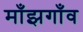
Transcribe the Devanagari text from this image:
माँझगाँव